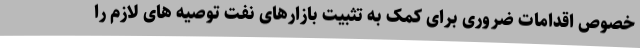
خصوص اقدامات ضروری برای کمک به تثبیت بازارهای نفت توصیه های لازم را